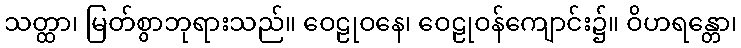
သတ္ထာ၊ မြတ်စွာဘုရားသည်။ ဝေဠုဝနေ၊ ဝေဠုဝန်ကျောင်း၌။ ဝိဟရန္တော၊